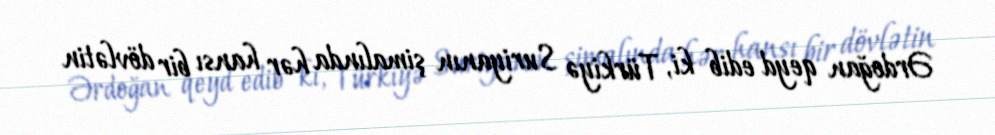
Ərdoğan qeyd edib ki, Türkiyə Suriyanın şimalında hər hansı bir dövlətin